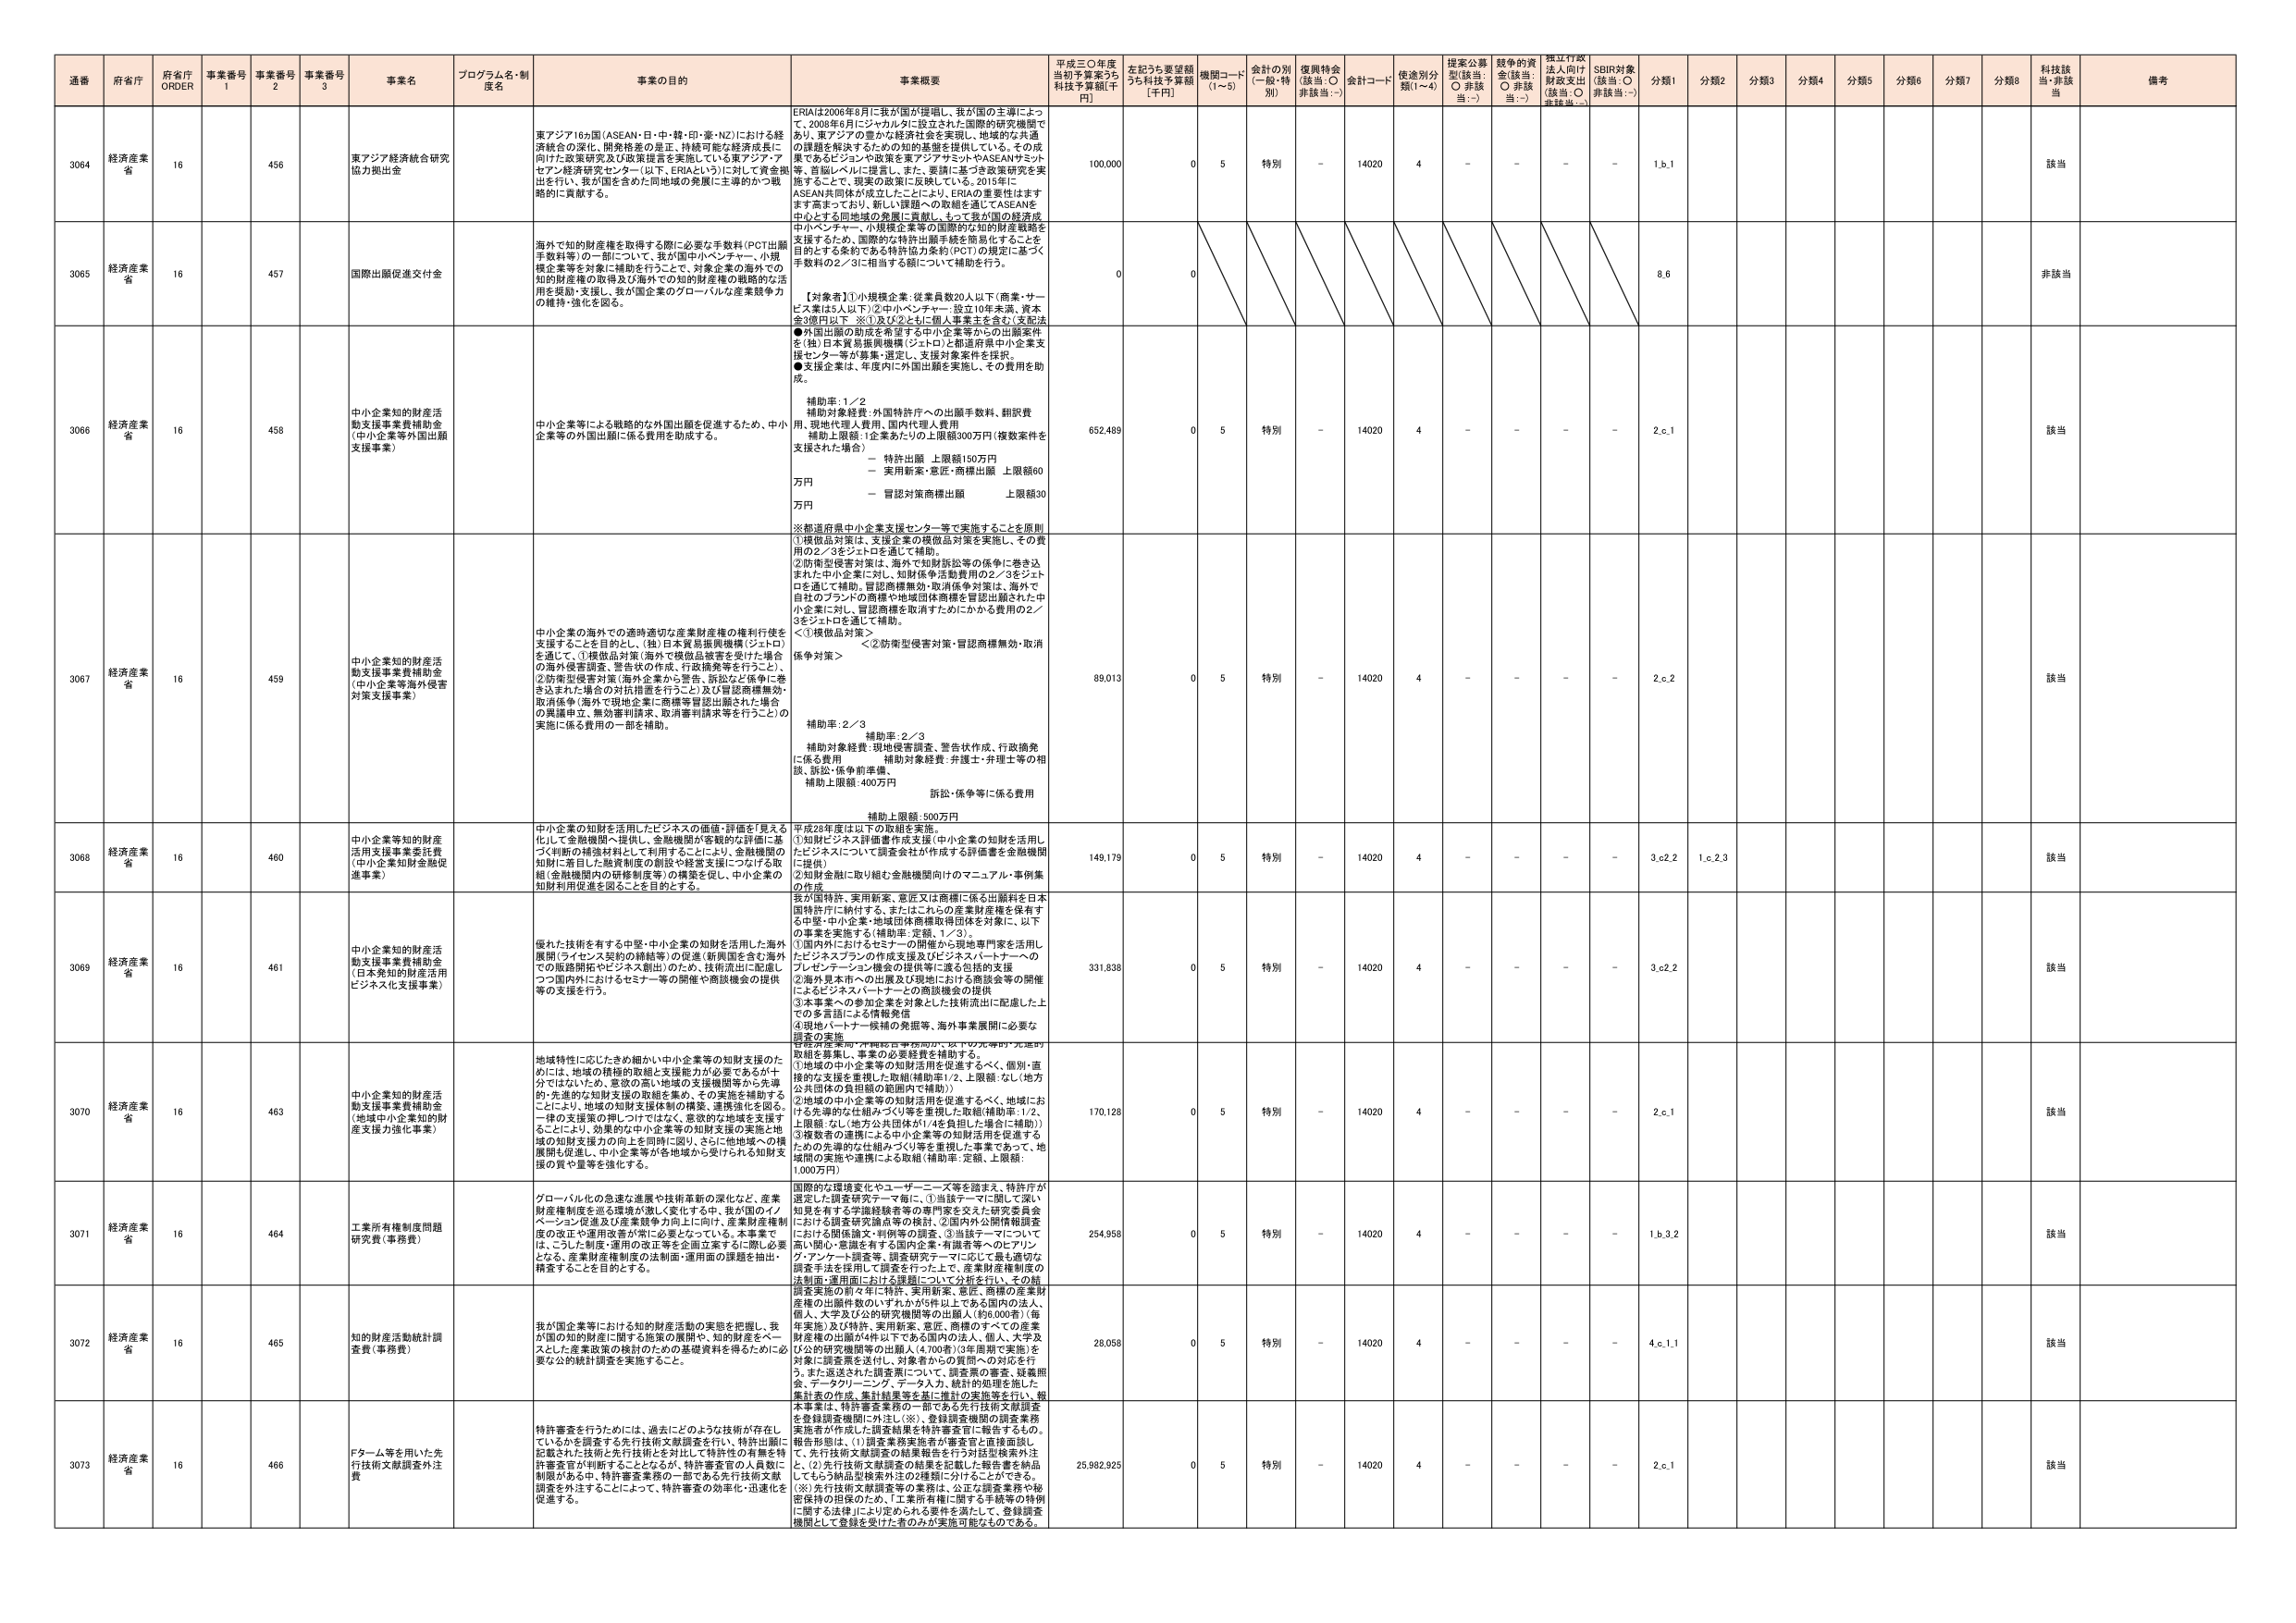
通番 府省庁 府省庁 ORDER 事業番号 1 事業番号 2 事業番号 3 事業名 プログラム名・制度名 事業の目的 事業概要 平成三〇年度当初予算案うち科技予算額[千円] 左記うち要望額うち科技予算額[千円] 機関コード(1~5) 会計の別(一般・特別) 復興特会(該当:○ 非該当:－) 会計コード 使途別分類(1~4) 提案公募型(該当:○ 非該当:－) 競争的資金(該当:○ 非該当:－) 指定行政法人向け財政支出(該当:○ 非該当:－) SDBI対象(該当:○ 非該当:－) 分類1 分類2 分類3 分類4 分類5 分類6 分類7 分類8 科技該当・非該当 備考

3064 経済産業省 16 456 東アジア経済統合研究協力拠出金 東アジア16ヵ国（ASEAN・日・中・韓・印・豪・NZ）における経済統合の深化、開発格差の是正、持続可能な経済成長に向けた政策研究及び政策提言を実施している東アジア・アセアン経済研究センター（以下、ERIAという）に対して資金拠出を行い、我が国を含めた同地域の発展に主導的かつ戦略的に貢献する。 ERIAは2006年8月に我が国が提唱し、我が国の主導によつて、2008年6月にジャカルタに設立された国際的研究機関であり、東アジアの豊かな経済社会を実現し、地域的な共通の課題を解決するための知的基盤を提供している。その成果であるビジネスや政策を東アジアサミットやASEANサミット等、首脳レベルに提言し、また、要請に基づき政策研究を実施することで、現実の政策に反映している。2015年にASEAN共同体が成立したことにより、ERIAの重要性はますます高まっており、新しい課題への取組を通じてASEANを中心とする同地域の発展に貢献し、もって我が国の経済成 100,000 0 5 特別 - 14020 4 - - - - 1.b.1 該当

3065 経済産業省 16 457 国際出願促進交付金 海外で知的財産権を取得する際に必要な手数料（PCT出願手数料等）の一部について、我が国中小ベンチャー、小規模企業等を対象に補助を行うことで、対象企業の海外での知的財産権の取得及び海外での知的財産権の戦略的な活用を援助・支援し、我が国企業のグローバルな産業競争力の維持・強化を図る。 中小ベンチャー、小規模企業等の国際的な知的財産戦略を支援するため、国際的な特許出願手続きを簡易化することを目的とする条約である特許協力条約（PCT）の規定に基づく手数料の2／3に相当する額について補助を行う。 【対象者】①小規模企業：従業員数20人以下（商業・サービス業は5人以下）②中小ベンチャー：設立10年未満、資本金3億円以下 ※①及び②ともに個人事業主を含む（支配法 ●外国出願の助成を希望する中小企業等からの出願案件を（独）日本貿易振興機構（ジェトロ）と都道府県中小企業支援センター等が募集・選定し、支援対象案件を採択。 ●支援企業は、年度内に外国出願を実施し、その費用を助成。 補助率：1／2 補助対象経費：外国特許庁への出願手数料、翻訳費用、現地代理人費用、国内代理人費用 補助上限額：1企業あたり上限額300万円（複数案件を支援された場合） － 特許出願 上限額150万円 － 実用新案・意匠・商標出願 上限額60万円 － 再認対策商標出願 上限額30万円 ※都道府県中小企業支援センター等で実施することを原則 0 0 8.6 非該当

3066 経済産業省 16 458 中小企業知的財産活動支援事業費補助金（中小企業等外国出願支援事業） 中小企業等による戦略的な外国出願を促進するため、中小企業等の外国出願に係る費用を助成する。 ①模倣品対策は、支援企業の模倣品対策を実施し、その費用の2／3をジェトロを通じて補助。 ②防衛型侵害対策は、海外で知的財産権の係争に巻き込まれた中小企業に対し、知財係争活動費用の2／3をジェトロを通じて補助。冒認商標無効・取消係争対策は、海外で自社のブランドの商標や地域団体商標を冒認出願された中小企業に対し、冒認商標を取消すためにかかる費用の2／3をジェトロを通じて補助。 ＜①模倣品対策＞ ＜②防衛型侵害対策・冒認商標無効・取消係争対策＞ 補助率：2／3 補助対象経費：現地侵害調査、警告状作成、行政協発に係る費用 補助対象経費：弁護士・弁理士等の相談、訴訟・係争前準備、 補助上限額：400万円 訴訟・係争等に係る費用 補助上限額：500万円 652,489 0 5 特別 - 14020 4 - - - - 2.c.1 該当

3067 経済産業省 16 459 中小企業知的財産活動支援事業費補助金（中小企業等海外侵害対策支援事業） 中小企業の海外での適時適切な産業財産権の権利行使を支援することを目的とし、（独）日本貿易振興機構（ジェトロ）を通じて、①模倣品対策（海外で模倣品被害を受けた場合の海外侵害調査、警告状の作成、行政協発等を行うこと）、②防衛型侵害対策（海外企業から警告、訴訟など係争に巻き込まれた場合の対抗措置を行うこと）及び冒認商標無効・取消係争（海外で現地企業に商標等冒認出願された場合の異議申立、無効審判請求、取消審判請求等を行うこと）の実施に係る費用の一部を補助。 89,013 0 5 特別 - 14020 4 - - - - 2.c.2 該当

3068 経済産業省 16 460 中小企業等知的財産活用支援事業費委託費（中小企業知的財産促進事業） 中小企業の知財を活用したビジネスの価値・評価を「見える化」して金融機関へ提供し、金融機関が早期の評価に基づく判断の補強材料として利用することにより、金融機関の知財に着目した融資制度の創設や経営支援につなげる取組（金融機関内の研修制度等）の構築を促し、中小企業の知財利用促進を図ることを目的とする。 平成28年度は以下の取組を実施。 ①知財ビジネス評価書作成支援（中小企業の知財を活用したビジネスについて調査会社が作成する評価書を金融機関に提供） ②知財金融に取り組む金融機関向けのマニュアル・事例集の作成 ③海外展開支援（海外で模倣品被害を受けた場合の海外侵害調査、警告状の作成、行政協発等を行うこと） ④現地パートナー候補の発掘等、海外事業展開に必要な調査の実施 149,179 0 5 特別 - 14020 4 - - - - 3.c.2 1.c.2.3 該当

3069 経済産業省 16 461 中小企業知的財産活動支援事業費補助金（日本発知的財産活用ビジネス化支援事業） 優れた技術を有する中堅・中小企業の知財を活用した海外展開（ライセンス契約の締結等）の促進、新興国を含む海外での販路開拓やビジネス創出）のため、技術流出に配慮しつつ国内外におけるセミナー等の開催や商談機会の提供等の支援を行う。 ①国内外におけるセミナーの開催から現地専門家を活用したビジネスプランの作成支援及びビジネスパートナーへのプレゼンテーション機会の提供等に渡る包括的支援 ②海外見本市への出展及び現地における商談会等の開催によるビジネスパートナーとの商談機会の提供 ③本事業への参加企業を対象とした技術流出に配慮した上での多言語による情報発信 ④現地パートナー候補の発掘等、海外事業展開に必要な調査の実施 331,838 0 5 特別 - 14020 4 - - - - 3.c.2.2 該当

3070 経済産業省 16 463 中小企業知的財産活動支援事業費補助金（地域中小企業知的財産支援力強化事業） 地域特性に応じたきめ細かい中小企業等の知財支援のためには、地域の積極的取組と支援能力が必要であるが十分ではないため、意欲の高い地域の支援機関等から先導的・先進的な知財支援の取組を集め、その実施を補助することにより、地域の知財支援体制の構築、連携強化を図る。一律の支援策の押しつけではなく、意欲的な地域を支援することにより、効果的な中小企業等の知財支援の実施と地域の知財支援力の向上を同時に図り、さらに他地域への横展開も促進し、中小企業等が各地域から受けられる知財支援の質や量等を強化する。 ①地域の中小企業等の知財活用を促進するべく、個別・直接的な支援を重視した取組（補助率1/2、上限額：なし（地方公共団体の負担額の範囲内で補助）） ②地域の中小企業等の知財活用を促進するべく、地域における先導的な仕組みづくり等を重視した取組（補助率：1/2、上限額：なし（地方公共団体が1/4を負担した場合に補助）） ③複数者の連携による中小企業等の知財活用を促進するための先導的な仕組みづくり等を重視した事業であって、地域間の実施や連携による取組（補助率：定額、上限額：1,000万円） 170,128 0 5 特別 - 14020 4 - - - - 2.c.1 該当

3071 経済産業省 16 464 工業所有権制度問題研究費（事務費） グローバル化の急速な進展や技術革新の深化など、産業財産権制度を巡る環境が激しく変化する中、我が国のイノベーション促進及び産業競争力向上には、産業財産権制度の改正や運用改善が常に必要となっている。本事業では、こうした制度・運用の改正等を企画立案するに際し必要となる、産業財産権制度の法制度・運用面の課題を抽出・精査することを目的とする。 国際的な環境変化やユーザーニーズ等を踏まえ、特許庁が選定した調査研究テーマ毎に、①当該テーマに関して深い知見を有する学識経験者等の専門家を交えた研究委員会における調査研究論点等の検討、②国内外の関係機関調査における関係論文・判例等の調査、③当該テーマについて高い関心・意識を有する国内企業・有識者等へのヒアリング・アンケート調査等、調査研究テーマに応じて最も適切な調査手法を採用して調査を行った上で、産業財産権制度の法制度・運用面における課題について分析を行い、その結 254,958 0 5 特別 - 14020 4 - - - - 1.b.3.2 該当

3072 経済産業省 16 465 知的財産活動統計調査費（事務費） 我が国企業等における知的財産活動の実態を把握し、我が国の知的財産に関する施策の展開や、知的財産をベースとした産業政策の検討のための基礎資料を得るために必要な公的統計調査を実施すること。 調査実施の前々年に特許、実用新案、意匠、商標の産業財産権の出願件数のいずれかが1件以上である国内の法人、個人、大学及び公的研究機関等の出願人（約30,000件（毎年実施）及び特許、実用新案、意匠、商標のすべての産業財産権の出願が4件以上である国内の法人、個人、大学及び公的研究機関等の出願人（4,700件）（3年間隔で実施）を対象に調査票を送付し、対象者からの質問への対応を行う。また返送された調査票について、調査票の審査、疑義照会、データクリーニング、データ入力、統計的処理を施した。 28,058 0 5 特別 - 14020 4 - - - - 4.c.1.1 該当

3073 経済産業省 16 466 Fターム等を用いた先行技術文献調査外注費 特許審査を行うためには、過去にどのような技術が存在しているかを調査する先行技術文献調査を行い、特許出願に記載された技術と先行技術とを対比して特許性の有無を特許審査官が判断することとなるが、特許審査官の人員数に制限がある中、特許審査業務の一部である先行技術文献調査を外注することによって、特許審査の効率化・迅速化を促進する。 本事業は、特許審査業務の一部である先行技術文献調査を登録調査機関に外注し（※）、登録調査機関の調査業務実施者が作成した調査結果を特許審査官に報告するもの。報告形態は、（1）調査業務実施者が審査官と直接面談して、先行技術文献調査の結果報告を行う対話型検索外注と、（2）先行技術文献調査の結果を記載した報告書を納品してもらう納品型検索外注の2種類に分けることができる。（※）先行技術文献調査等の業務は、公正な調査業務や秘密保持の担保のため、「工業所有権に関する手続等の特例に関する法律」により定められる要件を満たして、登録調査機関として登録を受けた者のみが実施可能なものである。 25,982,925 0 5 特別 - 14020 4 - - - - 2.c.1 該当